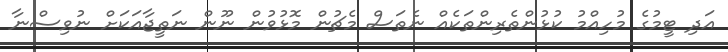
އަދި ޓީމުގެ މުހިއްމު ކުޅުންތެރިންތަކެއް ނެތަސް މެޗުން މޮޅުވުން ނޫން ނަތީޖާއަކަށް ނުވިސްނާ